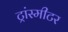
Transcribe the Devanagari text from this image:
ट्रांस्मीटर